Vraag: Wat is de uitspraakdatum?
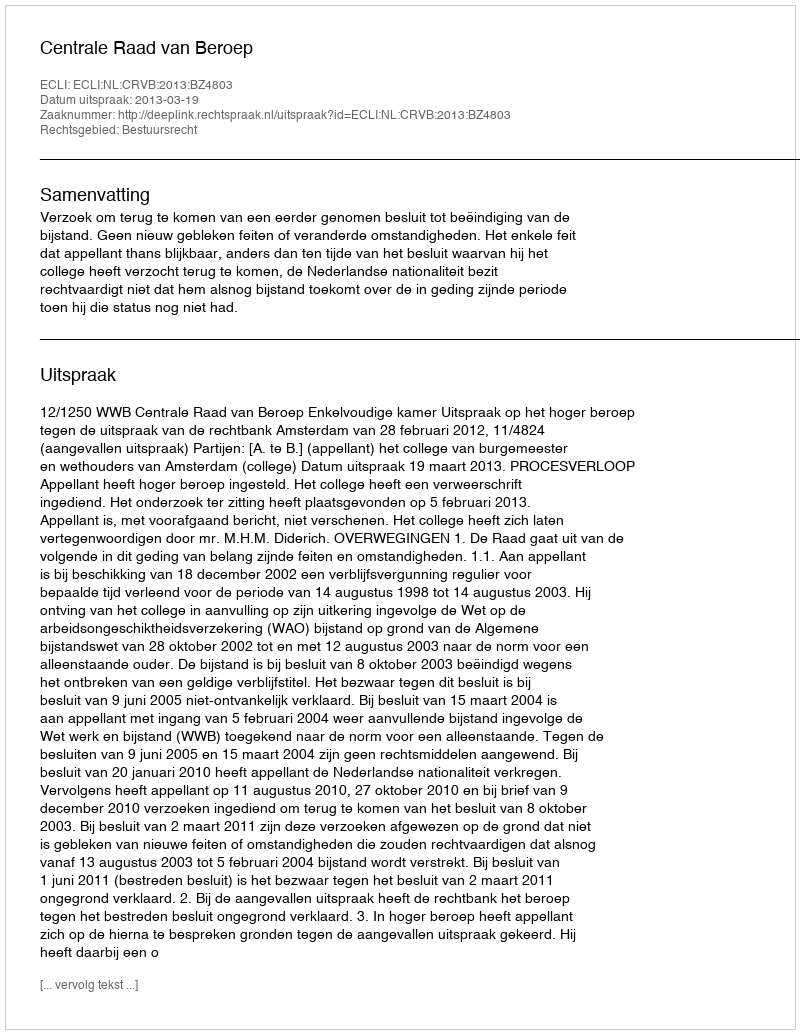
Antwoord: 2013-03-19